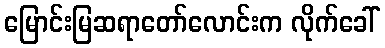
မြောင်းမြဆရာတော်လောင်းက လိုက်ခေါ်